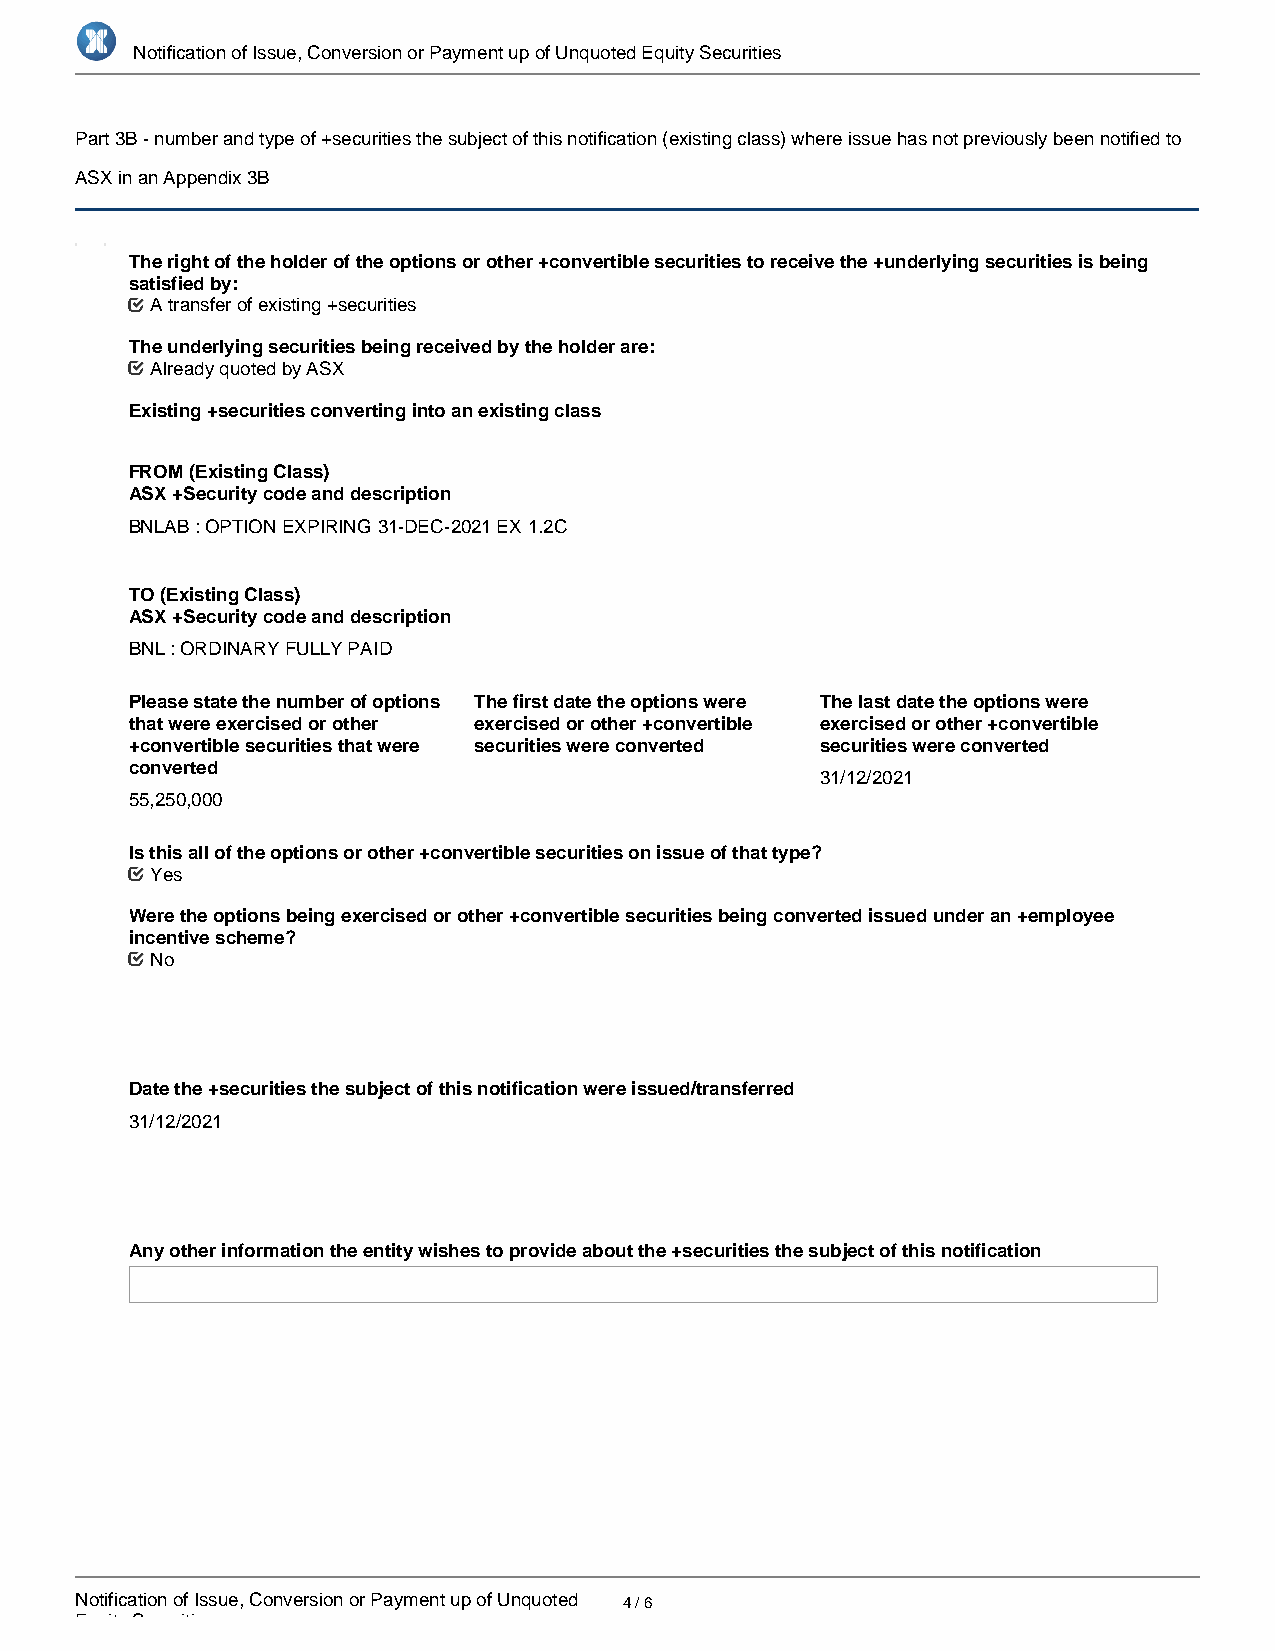
Notification of Issue, Conversion or Payment up of Unquoted Equity Securities
 Part 3B - number and type of +securities the subject of this notification (existing class) where issue has not previously been notified to
 ASX in an Appendix 3B
 The right of the holder of the options or other +convertible securities to receive the +underlying securities is being
 satisfied by:
 A transfer of existing +securities
 The underlying securities being received by the holder are:
 Already quoted by ASX
 Existing +securities converting into an existing class
 FROM (Existing Class)
 ASX +Security code and description
 BNLAB : OPTION EXPIRING 31-DEC-2021 EX 1.2C
 TO (Existing Class)
 ASX +Security code and description
 BNL : ORDINARY FULLY PAID
 Please state the number of options The first date the options were The last date the options were
 that were exercised or other exercised or other +convertible exercised or other +convertible
 +convertible securities that were securities were converted securities were converted
 converted
 31/12/2021
 55,250,000
 Is this all of the options or other +convertible securities on issue of that type?
 Yes
 Were the options being exercised or other +convertible securities being converted issued under an +employee
 incentive scheme?
 No
 Date the +securities the subject of this notification were issued/transferred
 31/12/2021
 Any other information the entity wishes to provide about the +securities the subject of this notification
 Notification of Issue, Conversion or Payment up of Unquoted 4 / 6
 Equity Securities